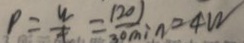
P = \frac { u } { t } = \frac { 1 2 0 J } { 3 0 \min } = 4 W